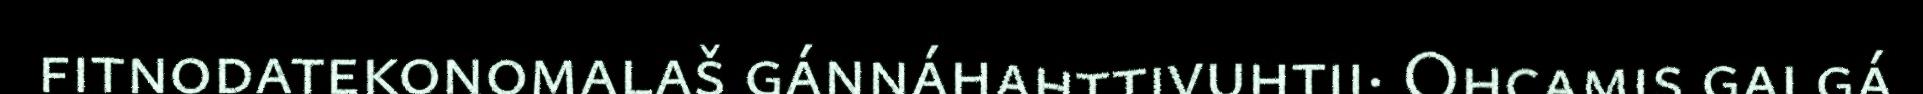
fitnodatekonomalaš gánnáhahttivuhtii· Ohcamis galgá